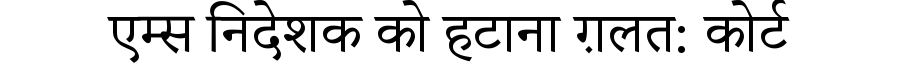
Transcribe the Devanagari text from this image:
एम्स निदेशक को हटाना ग़लत: कोर्ट